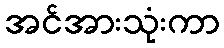
အင်အားသုံးကာ